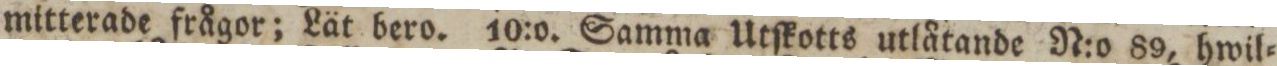
mitterade frågor; Lät bero. 10:o. Samma Utſkotts utlåtande N:o 89, hwil=